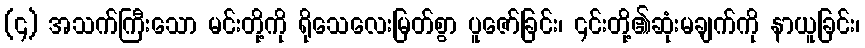
(၄) အသက်ကြီးသော မင်းတို့ကို ရိုသေလေးမြတ်စွာ ပူဇော်ခြင်း၊ ၎င်းတို့၏ဆုံးမချက်ကို နာယူခြင်း၊